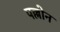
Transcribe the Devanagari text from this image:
पल्लोन